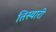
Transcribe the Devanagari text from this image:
तिस्वारी